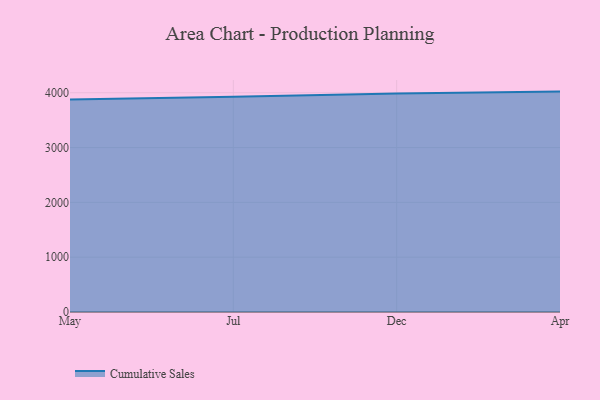
{"axis": {"x": "Month", "y": "Satisfaction Score"}, "legend": ["Cumulative Sales"], "data": [{"x": "May", "y": 3878.8, "type": "Cumulative Sales"}, {"x": "Jul", "y": 3925.1, "type": "Cumulative Sales"}, {"x": "Dec", "y": 3987.2, "type": "Cumulative Sales"}, {"x": "Apr", "y": 4020.7, "type": "Cumulative Sales"}]}